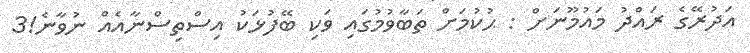
އަދުރޭގެ ރައްދު މައުމޫނަށް : ޙުކުމަށް ތަބާވުމުގައި ވަކި ބޭފުޅަކު އިސްތިސްނާއެއް ނުވާނެ!3